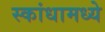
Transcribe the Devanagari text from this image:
स्कांधामध्ये